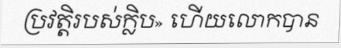
ប្រវត្តិរបស់ក្លិប» ហើយលោកបាន